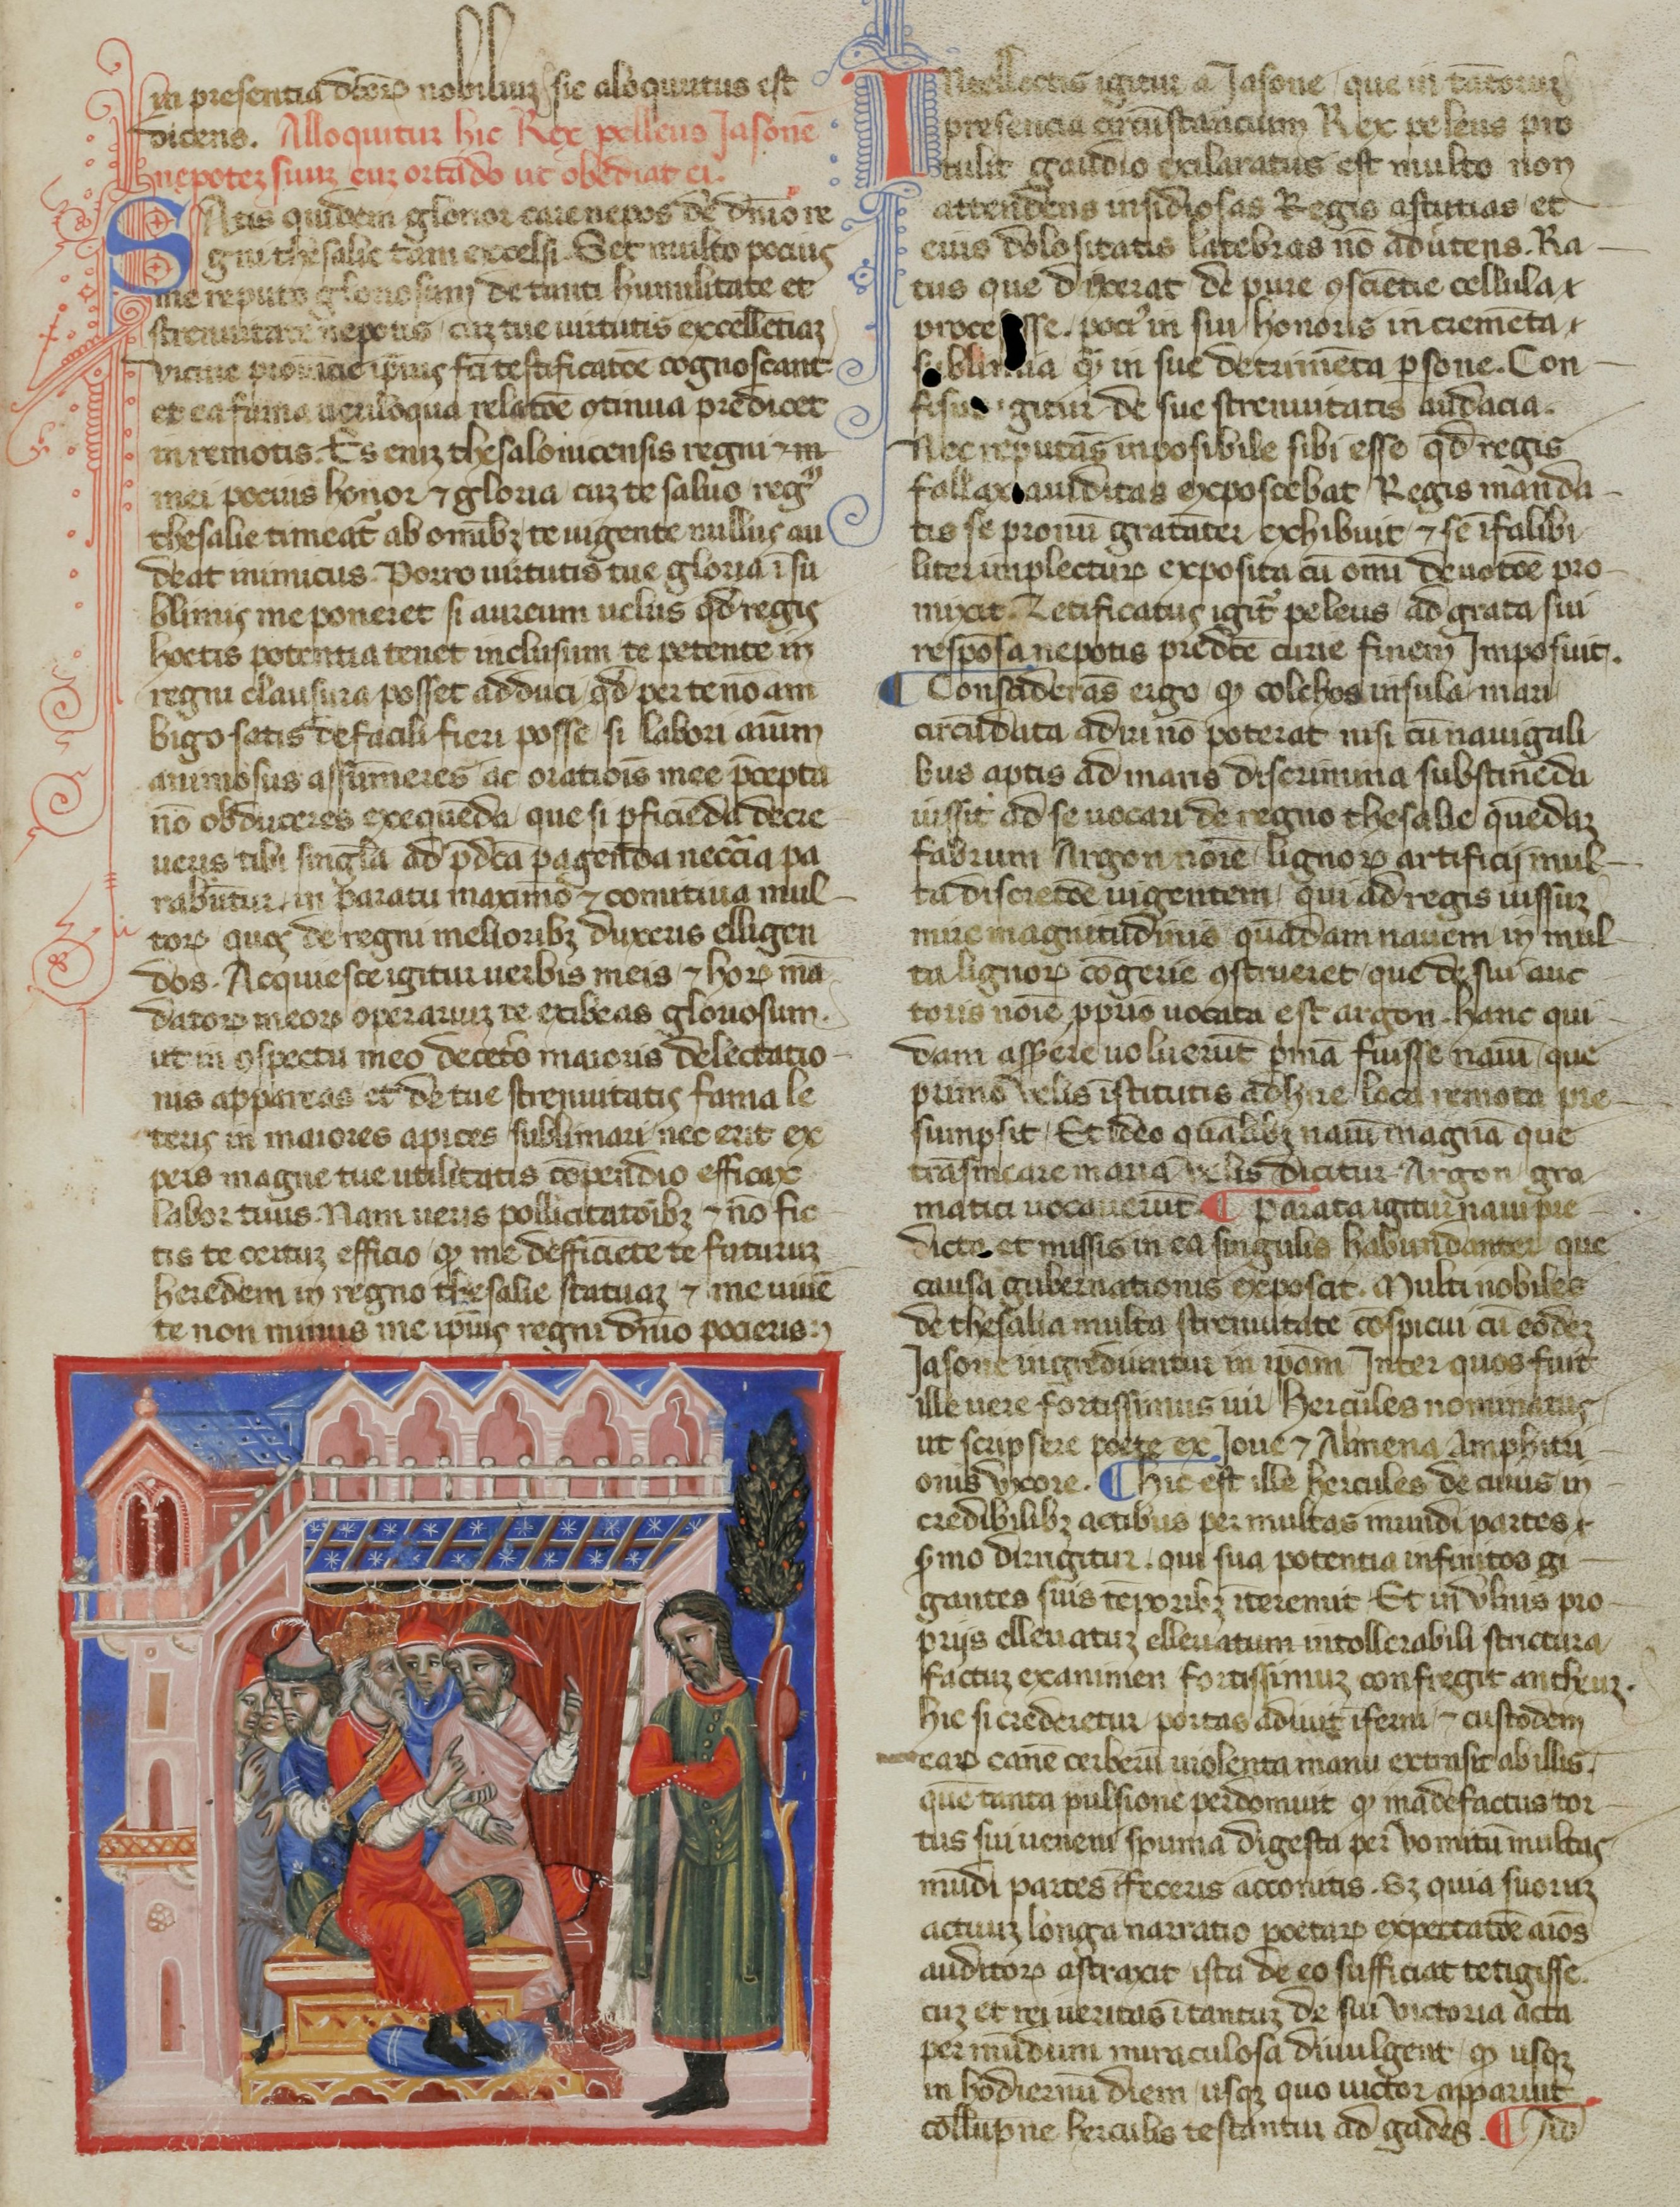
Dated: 1365–1375